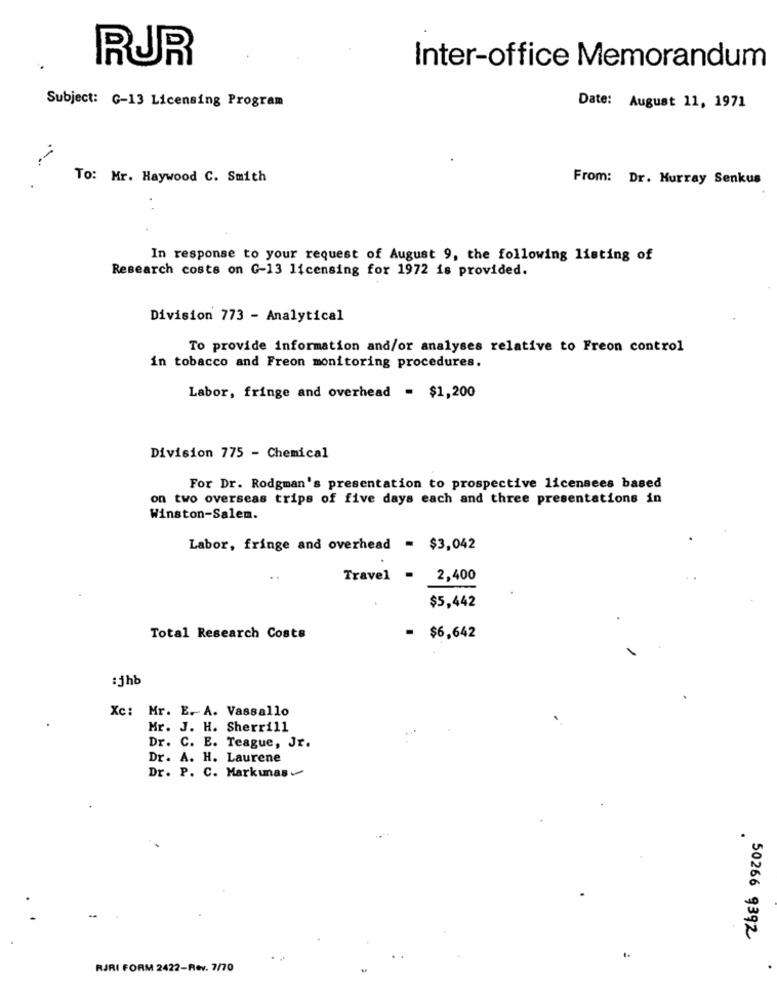
RUR
Inter-office Memorandum
Subject: G-13 Licensing Program
Date: August 11, 1971
To: Mr. Haywood C. Smith
From: Dr. Murray Senkus
.
. .
In response to your request of August 9, the following listing of
Research costs on G-13 licensing for 1972 is provided.
Division 773 - Analytical
To provide information and/or analyses relative to Freon control
in tobacco and Freon monitoring procedures.
Labor, fringe and overhead = $1,200
Division 775 - Chemical
For Dr. Rodgman's presentation to prospective licensees based
on two overseas trips of five days each and three presentations in
Winston-Salem.
Labor, fringe and overhead = $3,042
Travel = 2,400
$5,442
Total Research Costs
- $6,642
:1hb
Xc: Mr. E. A. Vassallo
Mr. J. H. Sherrill
Dr. C. E. Teague, Jr.
Dr. A. H. Laurene
Dr. P. C. Markunas-
50266 9392
RJRI FORM 2422-Rev. 7/70